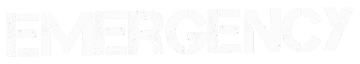
EMERGENCY